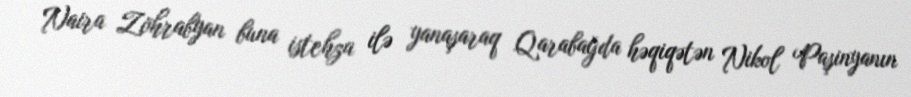
Naira Zöhrabyan buna istehza ilə yanaşaraq Qarabağda həqiqətən Nikol Paşinyanın